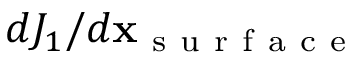
d J _ { 1 } / d \mathbf x _ { \mathrm { ~ s ~ u ~ r ~ f ~ a ~ c ~ e ~ } }